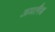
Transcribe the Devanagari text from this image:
अमलैब